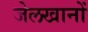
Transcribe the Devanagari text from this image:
जेलखानों